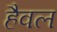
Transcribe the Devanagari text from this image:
हैवल